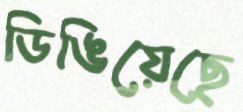
ডিঙিয়েছে